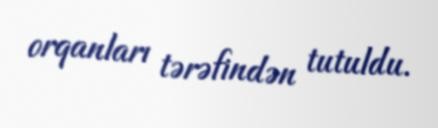
orqanları tərəfindən tutuldu.